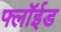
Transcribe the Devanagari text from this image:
फ्लॉईड